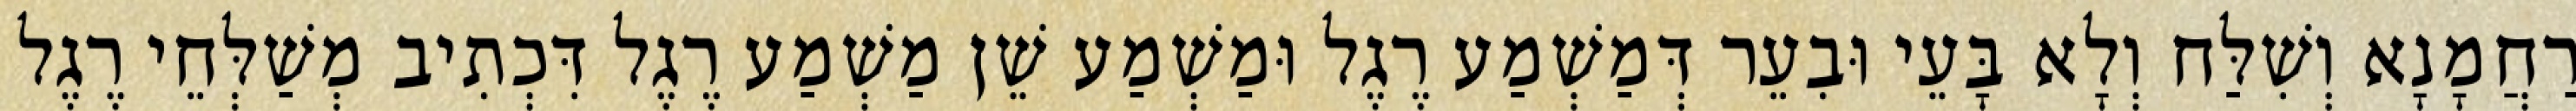
רַחֲמָנָא וְשִׁלַּח וְלָא בָּעֵי וּבִעֵר דְּמַשְׁמַע רֶגֶל וּמַשְׁמַע שֵׁן מַשְׁמַע רֶגֶל דִּכְתִיב מְשַׁלְּחֵי רֶגֶל